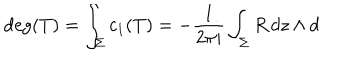
LaTeX: \deg ( T ) = \int _ { \Sigma } c _ { 1 } ( T ) = - \frac { 1 } { 2 \pi i } \int _ { \Sigma } R \, d z \wedge d